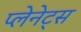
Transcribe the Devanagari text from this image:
प्लेनेट्स